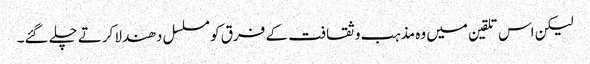
لیکن اس تلقین میں وہ مذہب و ثقافت کے فرق کو مسلسل دھندلا کرتے چلے گئے۔